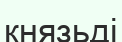
князьді